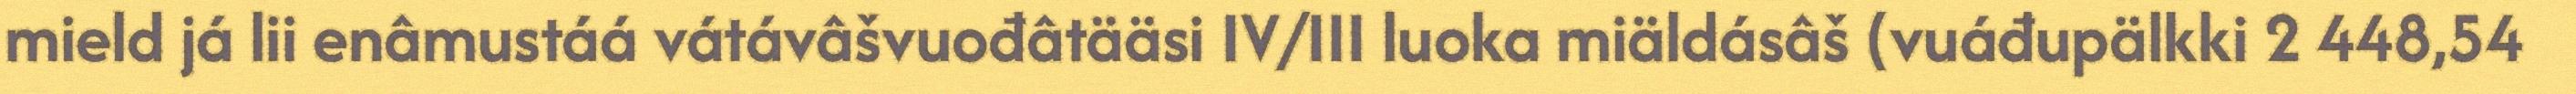
mield já lii enâmustáá vátávâšvuođâtääsi IV/III luoka miäldásâš (vuáđupälkki 2 448,54